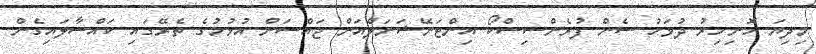
މިދިޔަ ހޮނިހިރު ދުވަހު ސެން ފުރެންސިސްކޯ އިންޓަނޭޝަނަލްއަށް ޖައްސަން އުޅުމުގެ ތެރޭގައި ކައްސާލައިގެން